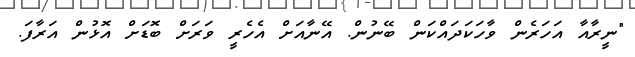
"ނީރާއާ އަހަރެން ވާހަކަދައްކަން ބޭނުން. އޭނާއަށް އެހެރީ ވަރަށް ބޮޑަށް އޮޅުން އަރާފަ.